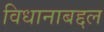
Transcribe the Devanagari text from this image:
विधानाबद्दल